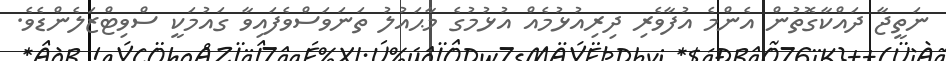
ނަތީޖާ ދައްކާގޮތުން އެންމެ އުފާވެރި ދިރިއުޅުމެއް އުޅުމުގެ މާޙައުލު ތަނަވަސްވެފައިވާ ގައުމަކީ ސްވިޓްޒަލެންޑެވެ.